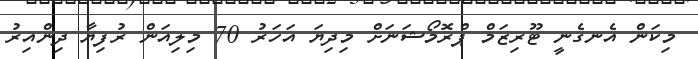
މިކަން އެނގެނީ ޓޫރިޒަމް ޕްރޮމޯޝަނަށް މިދިޔަ އަހަރު 70 މިލިއަން ރުފިޔާ ދިންއިރު